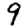
Digit: 9